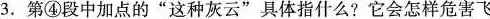
3.第④段中加点的”这种灰云”具体指什么?它会怎样危害飞